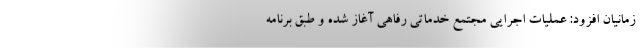
زمانیان افزود: عملیات اجرایی مجتمع خدماتی رفاهی آغاز شده و طبق برنامه